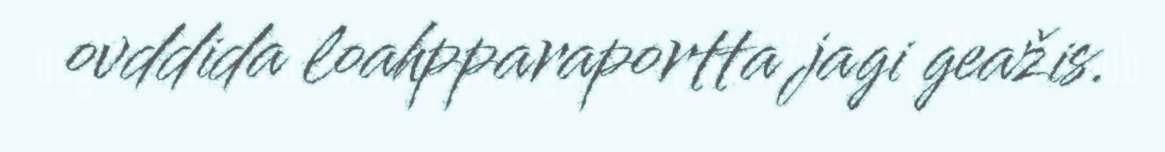
ovddida loahpparaportta jagi geažis.